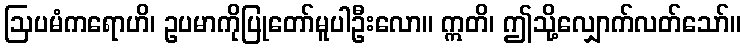
ဩပမံကရောဟိ၊ ဥပမာကိုပြုတော်မူပါဦးလော။ ဣတိ၊ ဤသို့လျှောက်လတ်သော်။